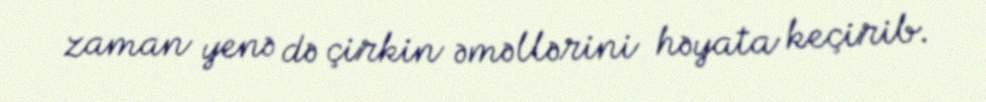
zaman yenə də çirkin əməllərini həyata keçirib.